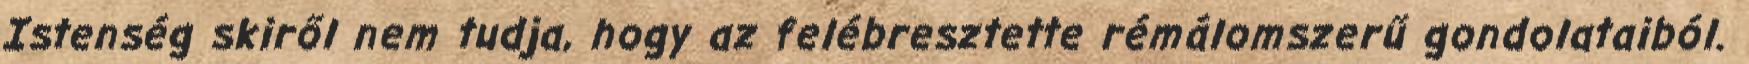
Istenség skiről nem tudja, hogy az felébresztette rémálomszerű gondolataiból.